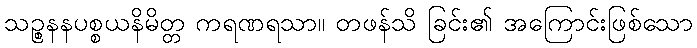
သဉ္စနနပစ္စယနိမိတ္တ ကရဏရသာ။ တဖန်သိ ခြင်း၏ အကြောင်းဖြစ်သော